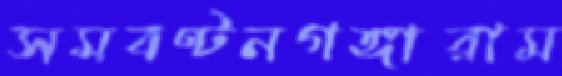
সমবণ্টনগঙ্গারাম